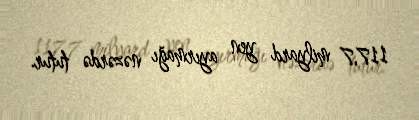
117,7 milyard yen ayırmağı nəzərdə tutur.